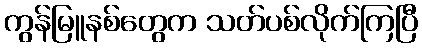
ကွန်မြူနစ်တွေက သတ်ပစ်လိုက်ကြပြီ